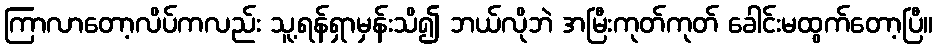
ကြာလာတော့လိပ်ကလည်း သူ့ရန်ရှာမှန်းသိ၍ ဘယ်လိုဘဲ အမြီးကုတ်ကုတ် ခေါင်းမထွက်တော့ပြီ။